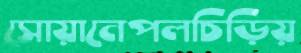
সোয়ানেপলচিড়িয়